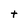
Character: t